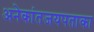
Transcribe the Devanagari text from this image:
अनेकांतजयपताका